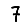
Digit: 7